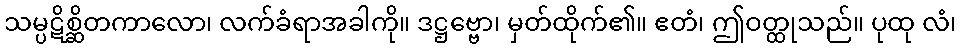
သမ္ပဋိစ္ဆိတကာလော၊ လက်ခံရာအခါကို။ ဒဋ္ဌဗ္ဗော၊ မှတ်ထိုက်၏။ ဧတံ၊ ဤဝတ္ထုသည်။ ပုထု လံ၊